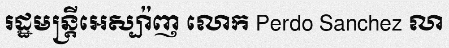
រដ្ឋមន្ត្រីអេស្ប៉ាញ លោក Perdo Sanchez លា